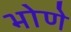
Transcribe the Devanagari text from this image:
भोणे